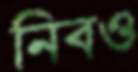
নিবও